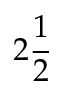
2 \frac 1 2